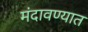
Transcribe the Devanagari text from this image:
मंदावण्यात